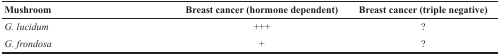
<table><thead><tr><td><b>Mushroom</b></td><td><b>Breast cancer (hormone dependent)</b></td><td><b>Breast cancer (triple negative)</b></td></tr></thead><tbody><tr><td><i>G. lucidum</i></td><td>+++</td><td>?</td></tr><tr><td><i>G. frondosa</i></td><td>+</td><td>?</td></tr></tbody></table>